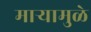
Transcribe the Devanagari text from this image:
माऱ्यामुळे